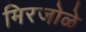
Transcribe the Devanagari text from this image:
मिरजोळे